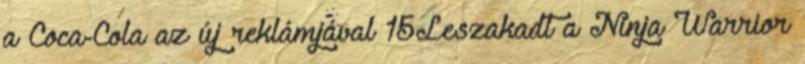
a Coca-Cola az új reklámjával 15Leszakadt a Ninja Warrior